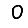
Digit: 0